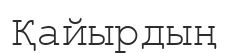
Қайырдың